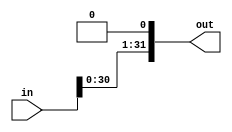
module nBitShiftLeft1 #(parameter N = 32)(
    input [N-1:0] in,
    output [N-1:0] out
);
    
    assign out = {in[N-2:0], 1'b0};
    
    
endmodule